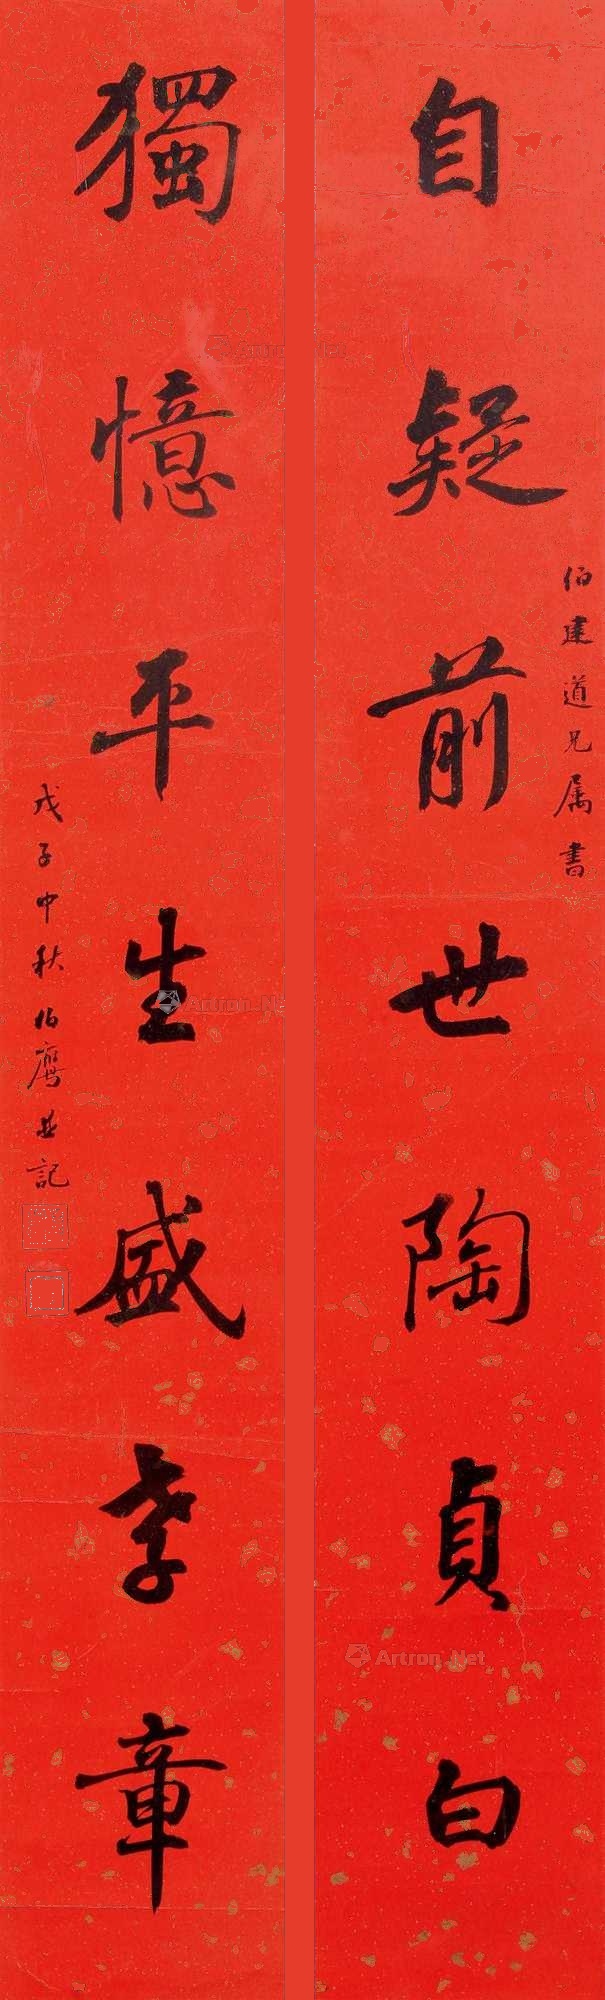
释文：自疑前世陶贞白，独忆平生盛孝章。伯达道兄属书，戊子中秋，伯鹰并记。